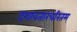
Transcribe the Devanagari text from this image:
दशावतारचरितम्